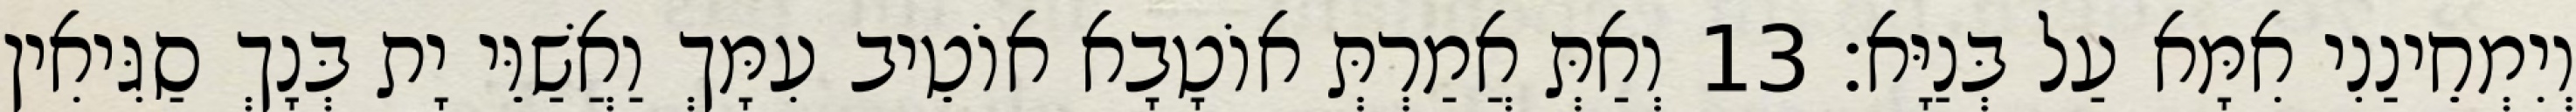
וְיִמְחֵינַנִי אִמָּא עַל בְּנַיָּא׃ 13 וְאַתְּ אֲמַרְתְּ אוֹטָבָא אוֹטֵיב עִמָּךְ וַאֲשַׁוֵּי יָת בְּנָךְ סַגִּיאִין